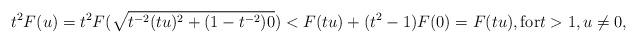
LaTeX: \begin{align*} t^2 F(u)= t^2 F(\sqrt{t^{-2}(tu)^2+(1-t^{-2})0}) < F(tu)+( t^{2}-1)F(0)=F(tu), \mbox{for}t>1, u\neq 0, \end{align*}